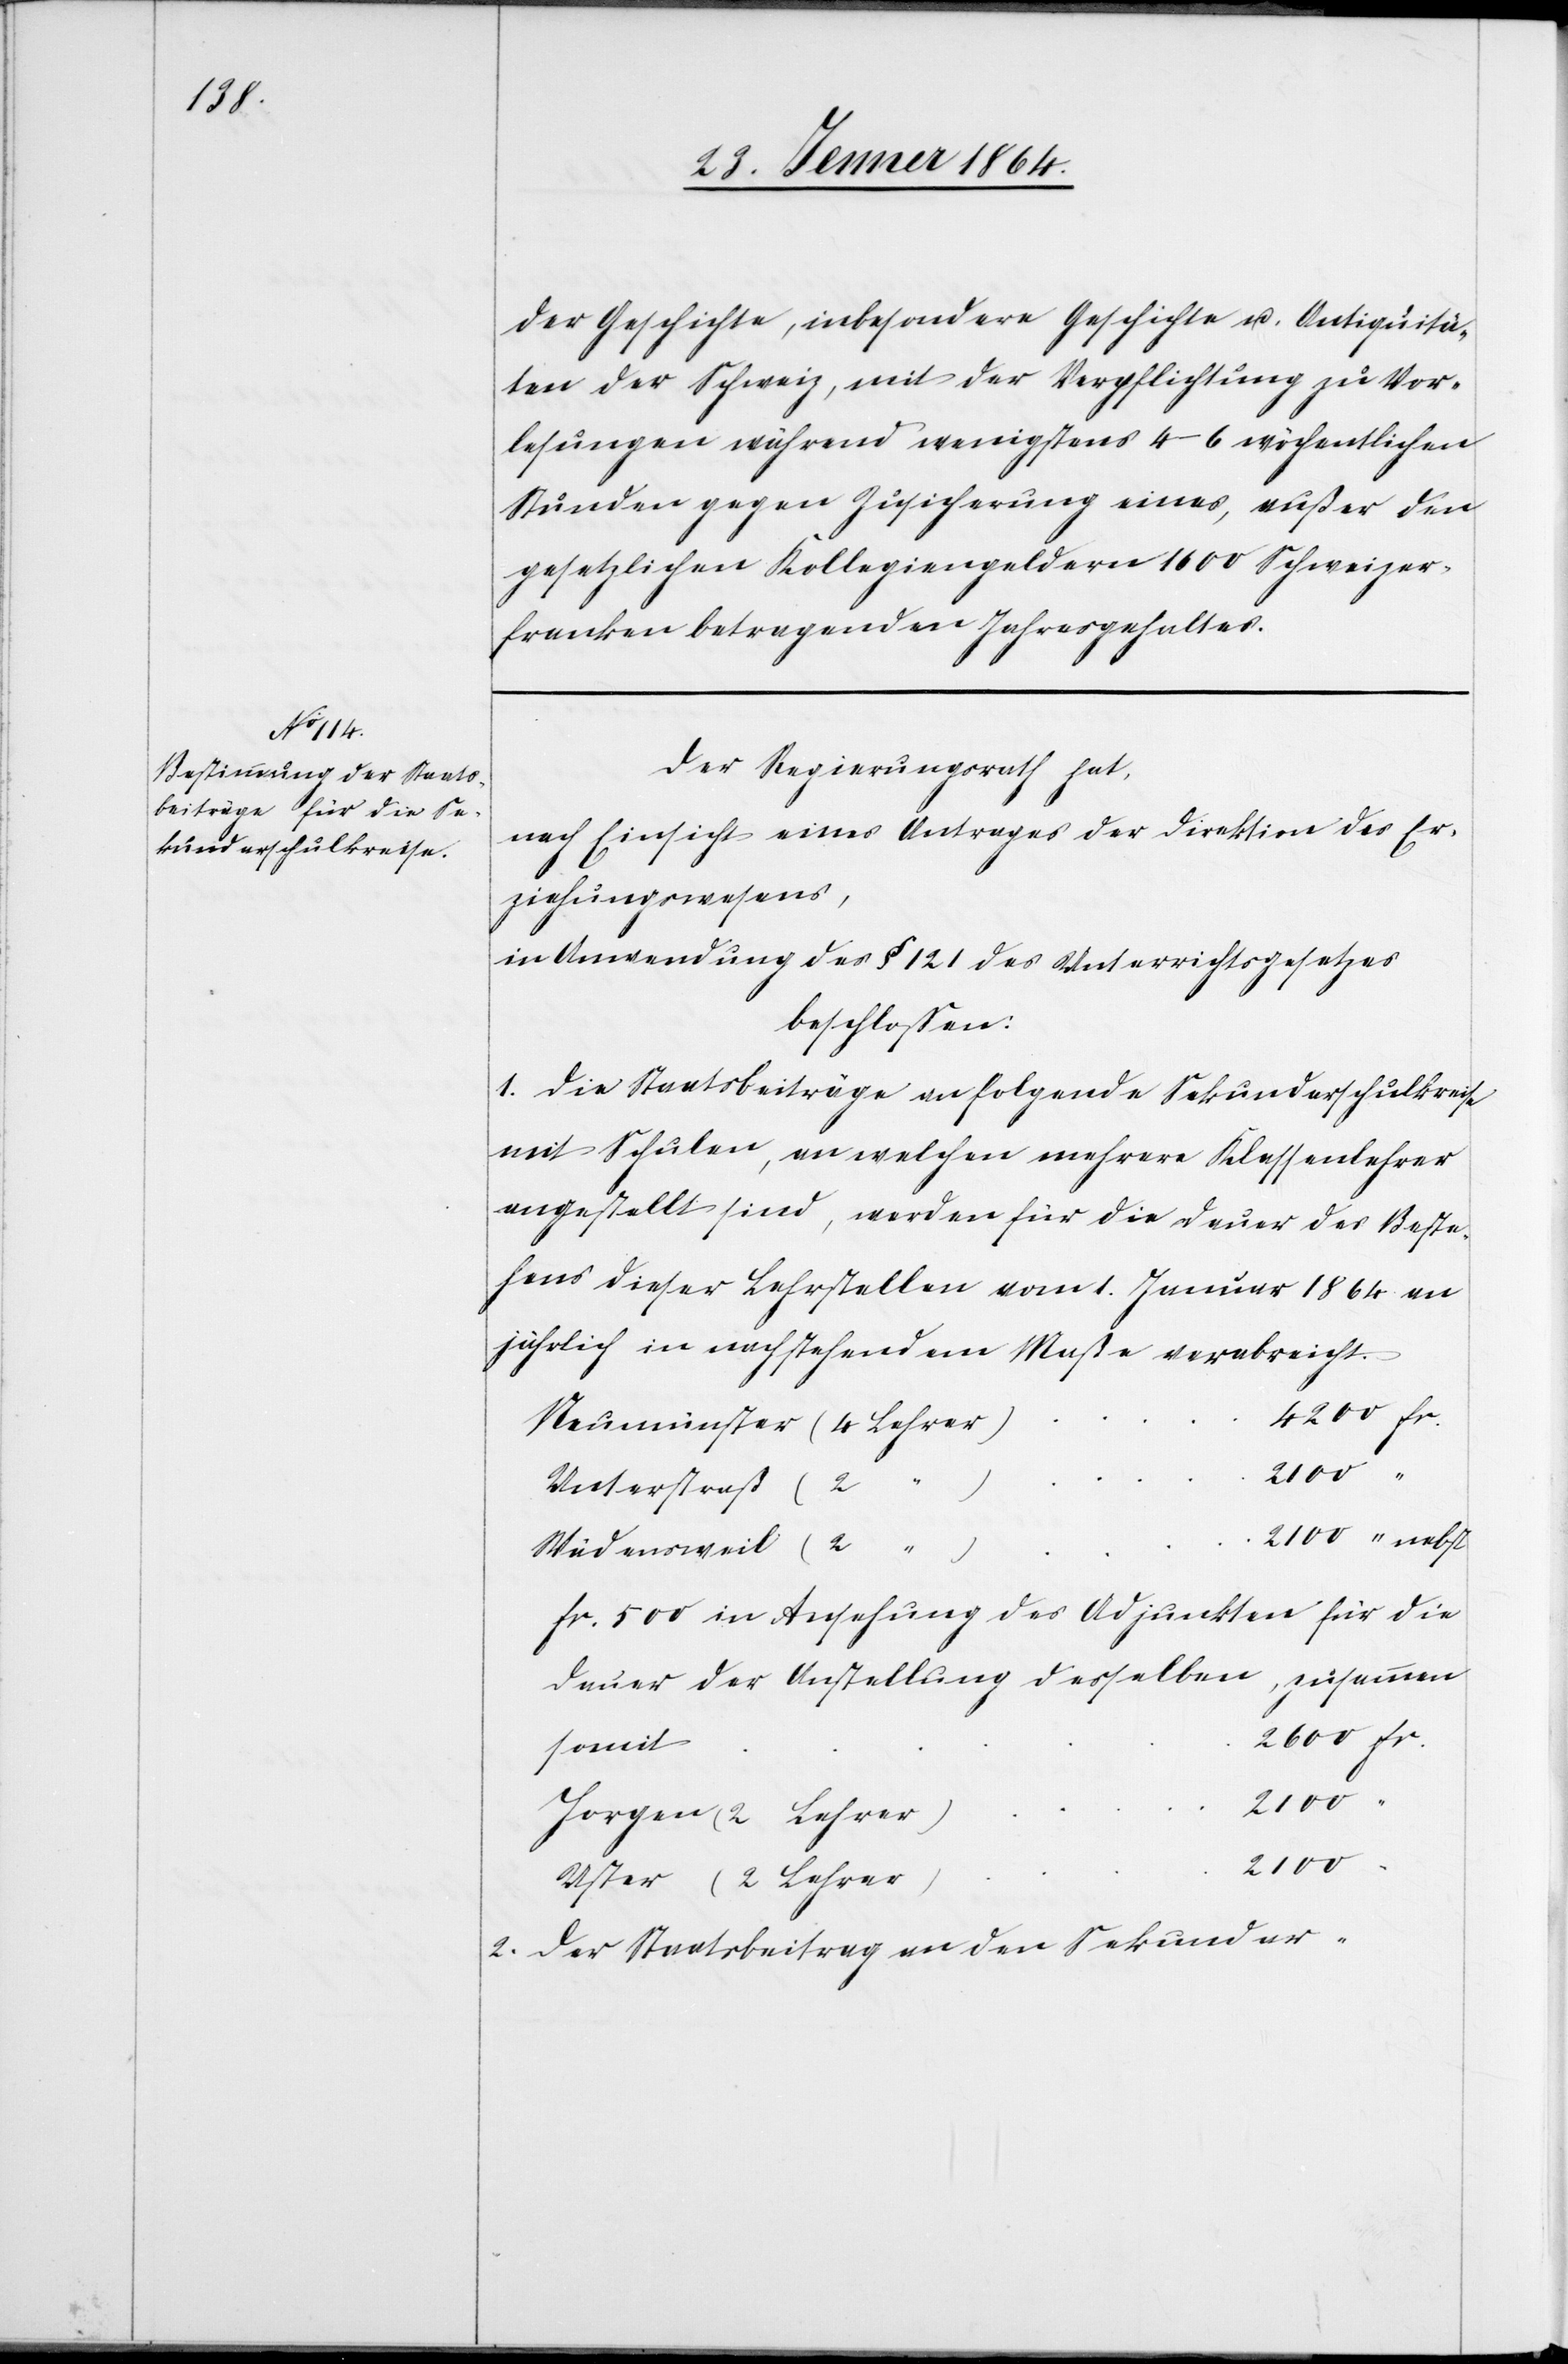
der Geschichte, insbesondere Geschichte u. Antiquitä¬
ten der Schweiz, mit der Verpflichtung zu Vor¬
lesungen während wenigstens 4-6 wöchentlichen
Stunden gegen Zusicherung eines, außer den
gesetzlichen Kollegiengeldern 1600 Schweizer¬
franken betragenden Jahresgehaltes.
Der Regierungsrath hat,
nach Einsicht eines Antrages der Direktion des Er¬
ziehungswesens,
in Anwendung des § 121 des Unterrichtsgesetzes
beschlossen:
1. Die Staatsbeiträge an folgende Sekundarschulkräfte
mit Schulen, an welchen mehrere Klassenlehrer
angestellt sind, werden für die Dauer des Beste¬
hens dieser Lehrstellen vom 1. Januar 1864 an
jährlich in nachstehendem Maße verabreicht.
fr.
Unterstraß	(2
Wädensweil	(2 “
fr. 500 in Ansehung des Adjunkten für die
Dauer der Anstellung desselben zusammen
2. Der Staatsbeitrag an den Sekundar-